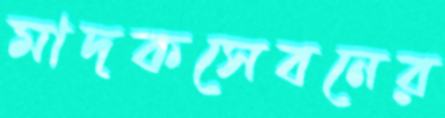
মাদকসেবনের